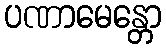
ပဏာမေန္တော